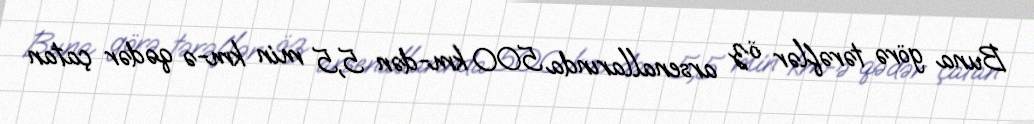
Buna görə tərəflər öz arsenallarında 500 km-dən 5,5 min km-ə qədər çatan